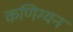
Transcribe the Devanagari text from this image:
कणिग्यन